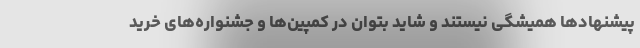
پیشنهادها همیشگی نیستند و شاید بتوان در کمپین‌ها و جشنواره‌های خرید